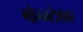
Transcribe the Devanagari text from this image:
गोम्मटेशवर